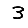
Digit: 3